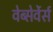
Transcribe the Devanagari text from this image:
वेब्सेर्वेर्स